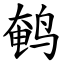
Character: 鹌